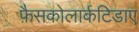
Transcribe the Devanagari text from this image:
फ़ैसकोलार्कटिडाए